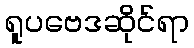
ရူပဗေဒဆိုင်ရာ